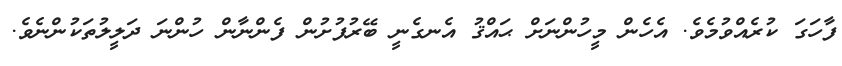
ފާހަގަ ކުރެއްވުމެވެ. އެހެން މީހުންނަށް ޙައްޤު އެނގެނީ ބޭރުފުށުން ފެންނާން ހުންނަ ދަލީލުތަކުންނެވެ.